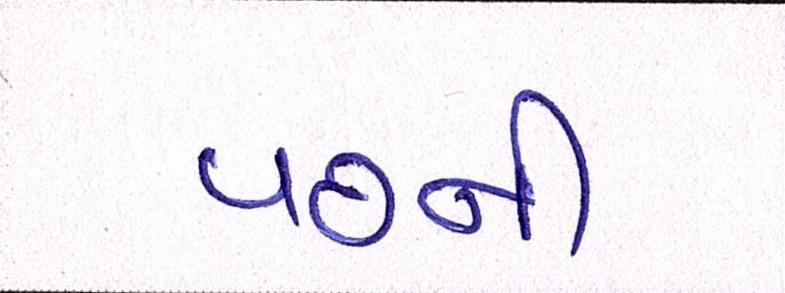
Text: ૫૭ની